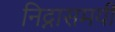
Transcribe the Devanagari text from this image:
निद्नासमयीं